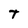
Character: T